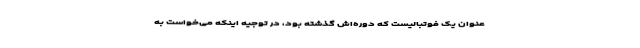
عنوان یک فوتبالیست که دوره‌اش گذشته بود، در توجیه اینکه می‌خواست به